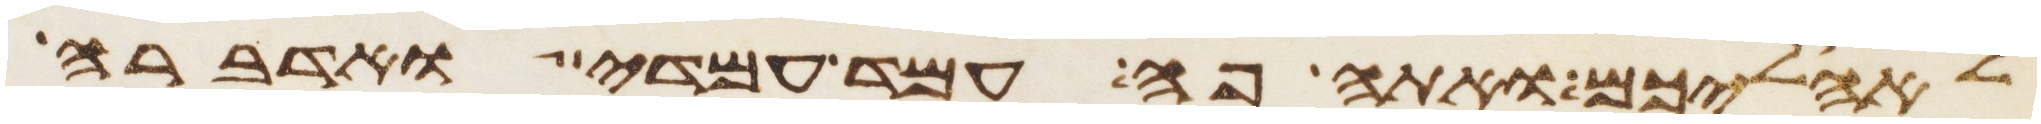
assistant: לאהליכם ואתה פה עמד עמדי ואדברה